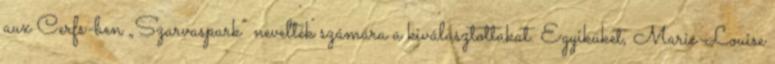
aux Cerfs-ben „Szarvaspark” nevelték számára a kiválasztottakat. Egyiküket, Marie-Louise